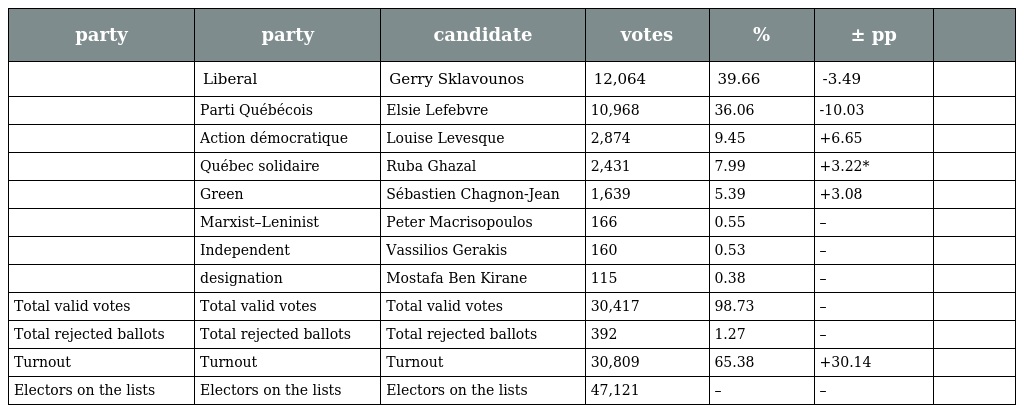
| party | party | candidate | votes | % | ± pp |  |
 | --- | --- | --- | --- | --- | --- | --- |
 |  | Liberal | Gerry Sklavounos | 12,064 | 39.66 | -3.49 |  |
 |  | Parti Québécois | Elsie Lefebvre | 10,968 | 36.06 | -10.03 |  |
 |  | Action démocratique | Louise Levesque | 2,874 | 9.45 | +6.65 |  |
 |  | Québec solidaire | Ruba Ghazal | 2,431 | 7.99 | +3.22* |  |
 |  | Green | Sébastien Chagnon-Jean | 1,639 | 5.39 | +3.08 |  |
 |  | Marxist–Leninist | Peter Macrisopoulos | 166 | 0.55 | – |  |
 |  | Independent | Vassilios Gerakis | 160 | 0.53 | – |  |
 |  | designation | Mostafa Ben Kirane | 115 | 0.38 | – |  |
 | Total valid votes | Total valid votes | Total valid votes | 30,417 | 98.73 | – |  |
 | Total rejected ballots | Total rejected ballots | Total rejected ballots | 392 | 1.27 | – |  |
 | Turnout | Turnout | Turnout | 30,809 | 65.38 | +30.14 |  |
 | Electors on the lists | Electors on the lists | Electors on the lists | 47,121 | – | – |  |